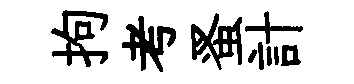
拘考蚤計